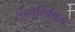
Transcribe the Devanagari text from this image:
लेग्यूमिनिस